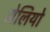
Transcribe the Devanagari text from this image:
मेलियो